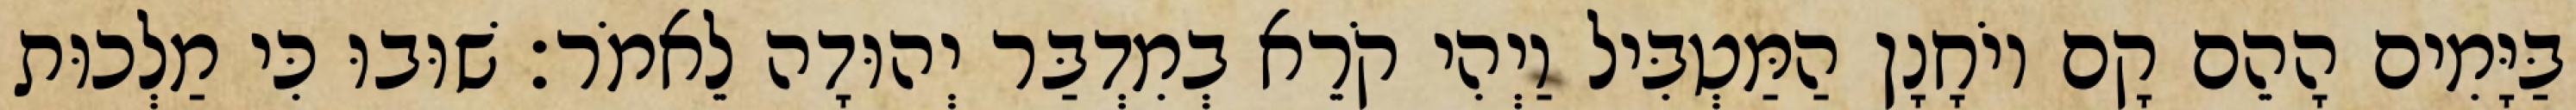
בַּיָּמִים הָהֵם קָם יוֹחָנָן הַמַּטְבִּיל וַיְהִי קֹרֵא בְמִדְבַּר יְהוּדָה לֵאמֹר׃ שׁוּבוּ כִּי מַלְכוּת